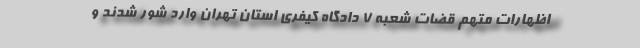
اظهارات متهم قضات شعبه ۷ دادگاه کیفری استان تهران وارد شور شدند و